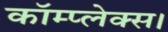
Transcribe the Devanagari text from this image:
कॉम्प्लेक्स।